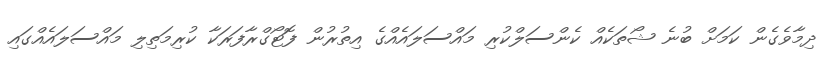
ދިމާވެގެން ކަމަށް ބުނެ ޝޯތަކެއް ކެންސަލްކުރި މައްސަލައެއްގެ އިތުރުން ފޮޓޯގްރާފަރަކާ ކުރިމަތިލި މައްސަލައެއްގައި